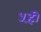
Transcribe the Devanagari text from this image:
५ही